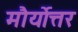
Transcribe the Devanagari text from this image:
मौर्योत्तर